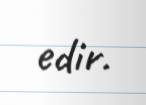
edir.